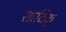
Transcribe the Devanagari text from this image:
सादिक्